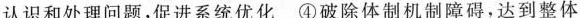
认识和处理问题，促进系统优化④破除体制机制障碍，达到整体